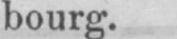
bourg.